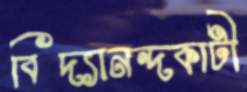
বিদ্যানন্দকাটী